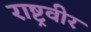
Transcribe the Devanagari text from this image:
राष्ट्रवीर